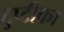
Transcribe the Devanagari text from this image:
टुप्टीका